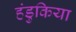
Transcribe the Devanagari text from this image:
हंडुकिया